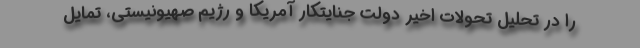
را در تحلیل تحولات اخیر دولت جنایتکار آمریکا و رژیم صهیونیستی، تمایل